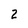
Character: 2